Bombay plague: being a history of the progress of plague in the Bombay presidency from September 1896 to June 1899
Year: 1896
Disease focus: Plague
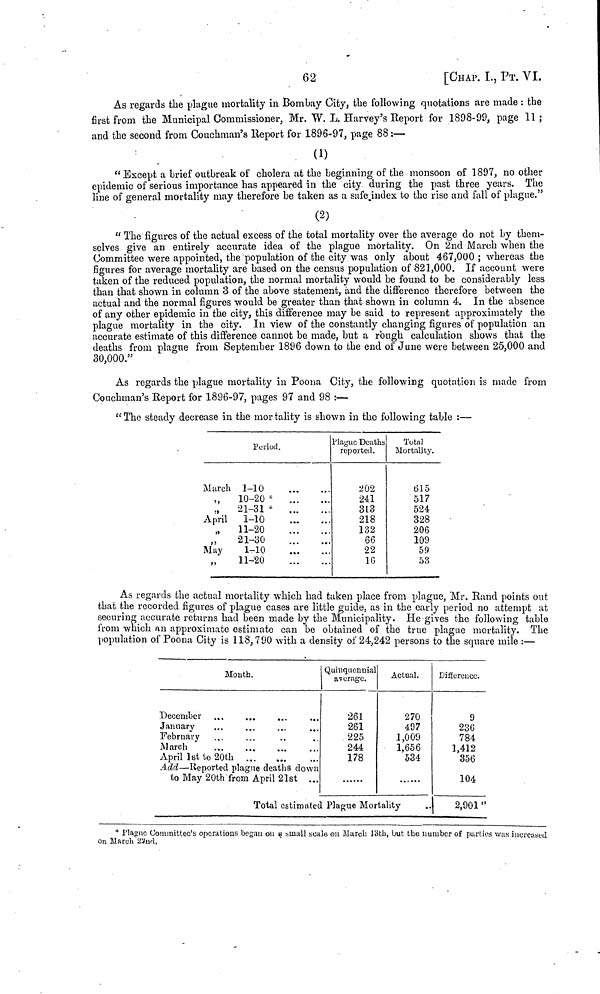
62
[CHAP. I., ΡT. VI.
As regards the plague mortality in Bombay City, the following quotations are made : the
first from the Municipal Commissioner, Mr. W. L. Harvey's Report for 1898-99, page 11 ;
and the second from Couchman's Report for 1896-97, page 88 :—
(1)
"Except a brief outbreak of cholera at the beginning of the monsoon of 1897, no other
epidemic of serious importance has appeared in the city during the past three years. The
line of general mortality may therefore be taken as a safe index to the rise and fall of plague.
(2)
" The figures of the actual excess of the total mortality over the average do not by them-
selves give an entirely accurate idea of the plague mortality. On 2nd March when the
Committee were appointed, the population of the city was only about 467,000 ; whereas the
figures for average mortality are based on the census population of 821,000. If account were
taken of the reduced population, the normal mortality would be found to be considerably less
than that shown in column 3 of the above statement, and the difference therefore between the
actual and the normal figures would be greater than that shown in column 4. In the absence
of any other epidemic in the city, this difference may be said to represent approximately the
plague mortality in the city. In view of the constantly changing figures of population an
accurate estimate of this difference cannot be made, but a rough calculation shows that the
deaths from plague from September 1896 down to the end of June were between 25,000 and
30,000."
As regards the plague mortality in Poona City, the following quotation is made from
Couchman's Report for 1896-97, pages 97 and 98 :—
"The steady decrease in the mortality is shown in the following table :—
Period.
March 1-10
,,10-20 *
„
21-31 *
April
1-10
„
11-20
„
21-30
May
1-10
11-20
Plague Deaths
reported.
202
241
313
218
132
66
22
16
Total
Mortality.
615
517
524
328
206
109
59
53
As regards the actual mortality which had taken place from plague, Mr. Rand points out
that the recorded figures of plague cases are little guide, as in the early period no attempt at
securing accurate returns had been made by the Municipality. He gives the following table
from which an approximate estimate can be obtained of the true plague mortality. The
population of Poona City is 118, 790 with a density of 24,242 persons to the square mile :—
Mouth.
December... ... ...
January ... ... ...
February ... ... ...
March ... ... ...
April 1st to 20th
...
...
...
Add — Reported plague deaths down
to May 20th from April 21st ...
Quinquennial
average.
261
261
225
244
178
Actual.
270
497
1,009
1,656
534
Total estimated Plague Mortality
Difference.
9
236
784
1,412
356
104
2,901 "
* Plague Committee's operations began on a small scale on March 13th, but the number of parties was increased
on March 22nd,